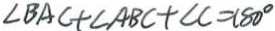
\angle B A C + \angle A B C + \angle C = 1 8 0 ^ { \circ }